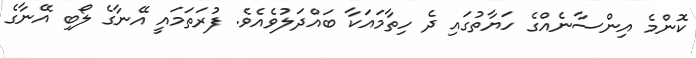
ކޮންމެ އިންސާނެއްގެ ހަޔާތުގައި ދެ ހިތާމައަކާ ބައްދަލުވެއެވެ. ފުރަތަމައީ އޭނާގެ ލޯބި އޭނާގެ